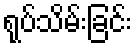
ရုပ်သိမ်းခြင်း